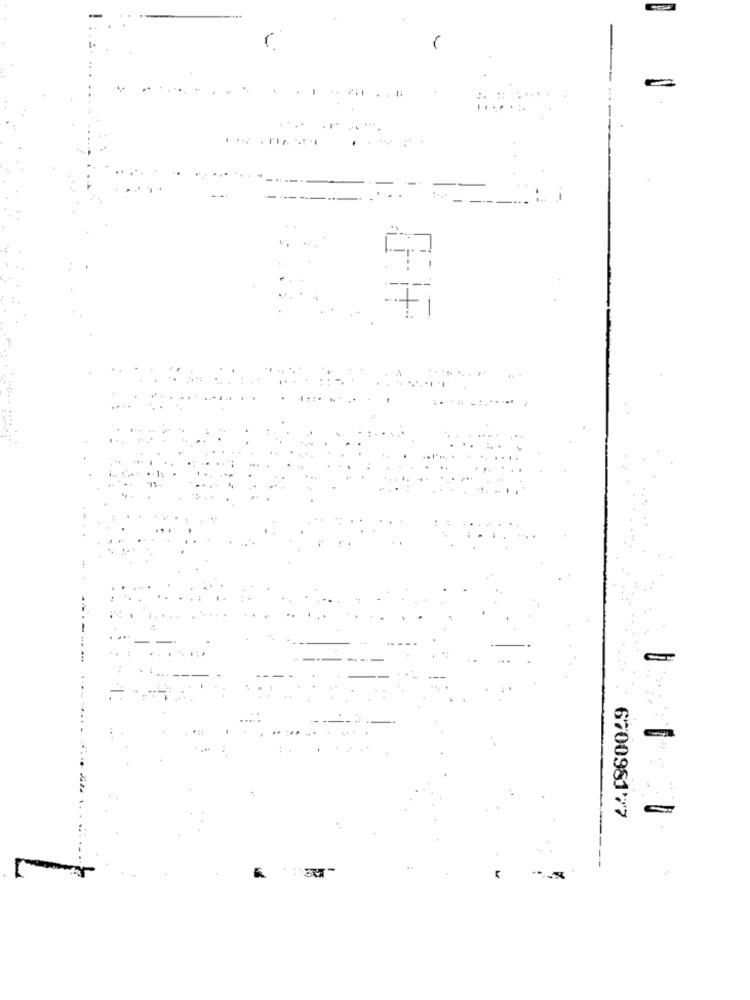
. #
6700981'77